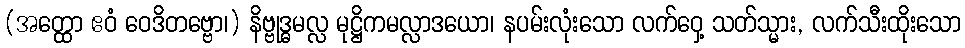
(အတ္ထော ဧဝံ ဝေဒိတဗ္ဗော၊) နိဗ္ဗုဒ္ဓမလ္လ မုဋ္ဌိကမလ္လာဒယော၊ နပမ်းလုံးသော လက်ဝှေ့ သတ်သ္မား, လက်သီးထိုးသော